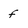
Character: f